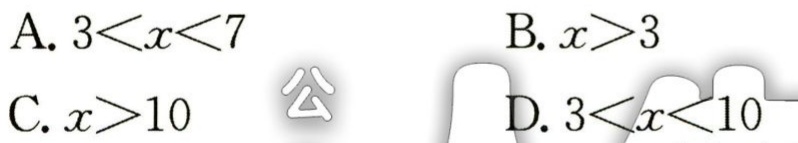
A. \(3 < x < 7\)

B. \(x > 3\)

C. \(x > 10\)

D. \(3 < x < 10\)